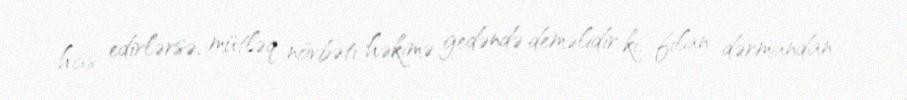
hiss edirlərsə, mütləq növbəti həkimə gedəndə deməlidir ki, filan dərmandan